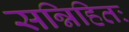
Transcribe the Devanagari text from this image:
सन्निहितः